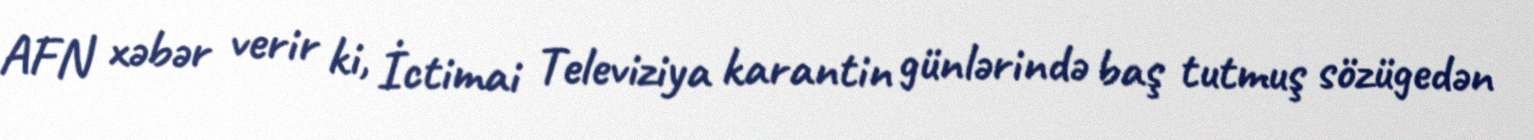
AFN xəbər verir ki, İctimai Televiziya karantin günlərində baş tutmuş sözügedən